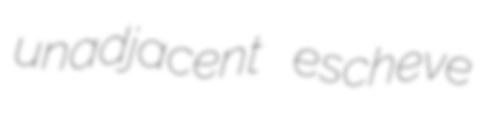
unadjacent escheve